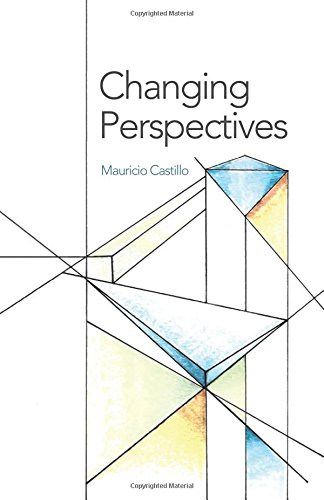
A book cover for Changing Perspectives; Mauricio Castillo; Science & Math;